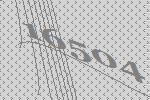
16504